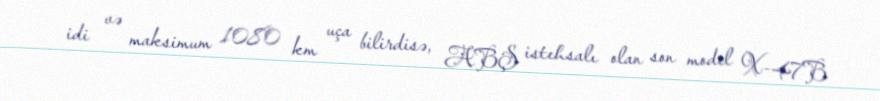
idi və maksimum 1080 km uça bilirdisə, ABŞ istehsalı olan son model X-47B